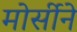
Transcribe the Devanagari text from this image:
मोर्सीने